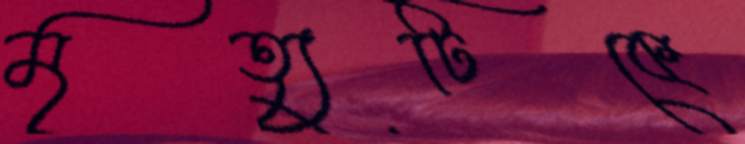
মৃত্যুটিকে